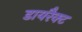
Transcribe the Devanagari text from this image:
डायरैक्ट